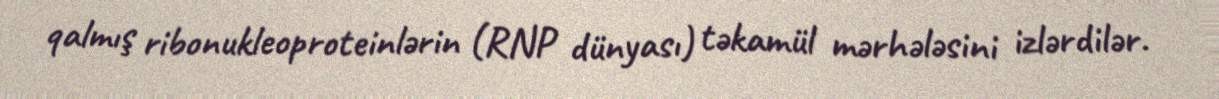
qalmış ribonukleoproteinlərin (RNP dünyası) təkamül mərhələsini izlərdilər.